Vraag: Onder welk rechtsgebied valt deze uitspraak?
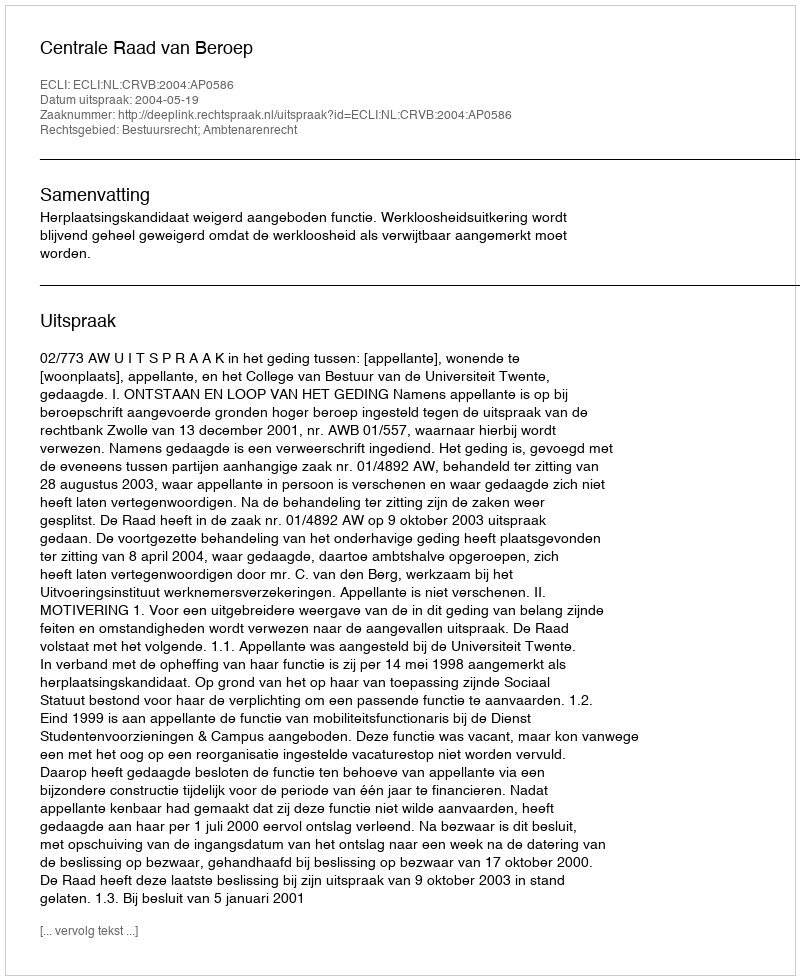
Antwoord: Bestuursrecht; Ambtenarenrecht